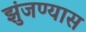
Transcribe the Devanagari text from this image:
झुंजण्यास